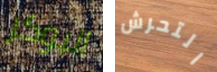
البوكر التحرش